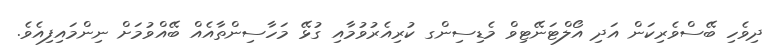
ދިވެހި ބޭސްވެރިކަން އަދި އޯލްޓަނޭޓިވް މެޑިސިންގ ކުރިއެރުވުމާއި ގުޅޭ މަހާސިންތާއެއް ބޭއްވުމަށް ނިންމައިފިއެވެ.